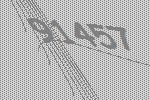
91457